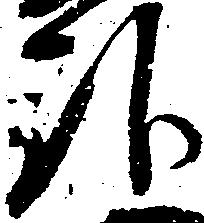
治